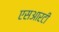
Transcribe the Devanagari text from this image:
एसआरटी